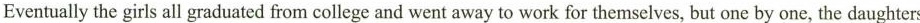
Eventually the girls all graduated from college and went away to work for themselves, but one by one, the daughters